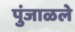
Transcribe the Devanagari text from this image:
पुंजाळले